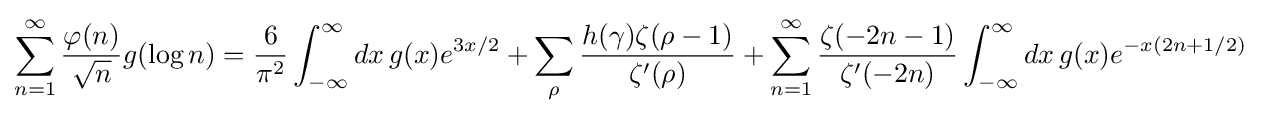
\sum _{n=1}^{\infty }{\frac {\varphi (n)}{\sqrt {n}}}g(\log n)={\frac {6}{\pi ^{2}}}\int _{-\infty }^{\infty }dx\,g(x)e^{3x/2}+\sum _{\rho }{\frac {h(\gamma )\zeta (\rho -1)}{\zeta '(\rho )}}+\sum _{n=1}^{\infty }{\frac {\zeta (-2n-1)}{\zeta '(-2n)}}\int _{-\infty }^{\infty }dx\,g(x)e^{-x(2n+1/2)}